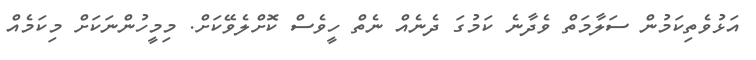
އަޅުވެތިިކަމުން ސަލާމަތް ވެދާނެ ކަމުގަ ދެނެއް ނެތް ހީވެސް ކޮށްލެވޭކަށް. މިމީހުންނަކަށް މިިކަމެއް